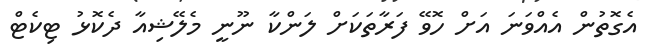
އެގޮތުން އެއްވަނަ އަށް ހޮވޭ ފަރާތަކަށް ލަންކާ ނޫނީ މެލޭޝިއާ ދެކޮޅު ޓިކެޓް